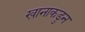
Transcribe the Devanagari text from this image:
खानाकडुन